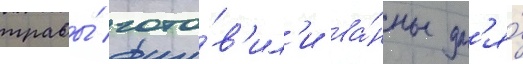
травы́ гото́в'ил'и ва́нны дл'я́